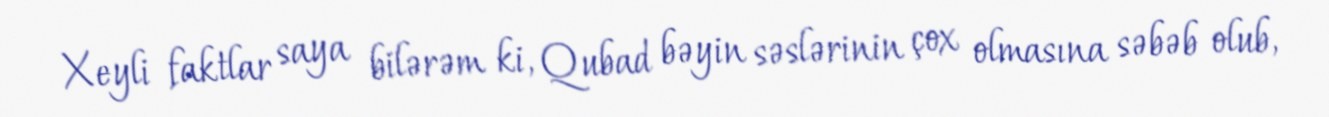
Xeyli faktlar saya bilərəm ki, Qubad bəyin səslərinin çox olmasına səbəb olub,